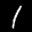
Label: 1